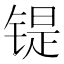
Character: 𫔂